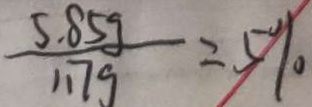
\frac { 5 . 8 5 g } { 1 . 7 g } = 5 \%